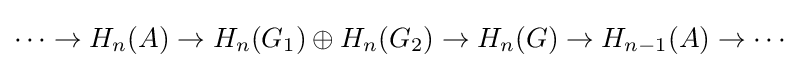
\cdots \to H_{n}(A)\to H_{n}(G_{1})\oplus H_{n}(G_{2})\to H_{n}(G)\to H_{n-1}(A)\to \cdots